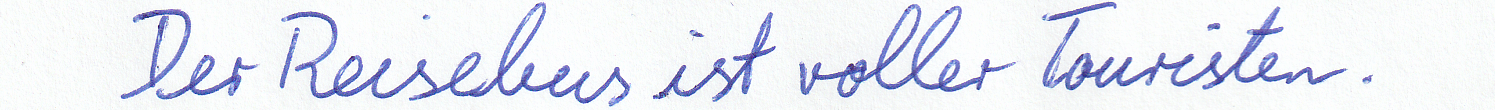
Der Reisebus ist voller Touristen.